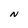
Character: N